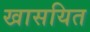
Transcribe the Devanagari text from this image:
खासयित